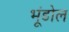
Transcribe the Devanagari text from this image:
भूंडोल